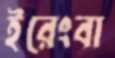
ইরেংবা